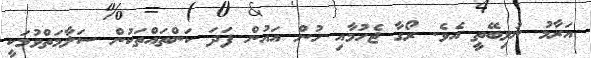
އަރާމު ނުލިބޭތީ އެވެ. ރޯގާ ޖެހުމާއި ހުން އައުން ފަދަ ކަންތައްތަކުން ސަލާމަތްވުމަކީ